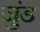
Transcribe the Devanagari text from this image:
जुंड